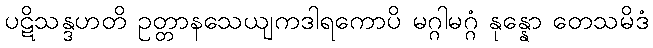
ပဋိသန္ဒဟတိ ဥတ္တာနသေယျကဒါရကောပိ မဂ္ဂါမဂ္ဂံ နုန္နော တေသမိဒံ